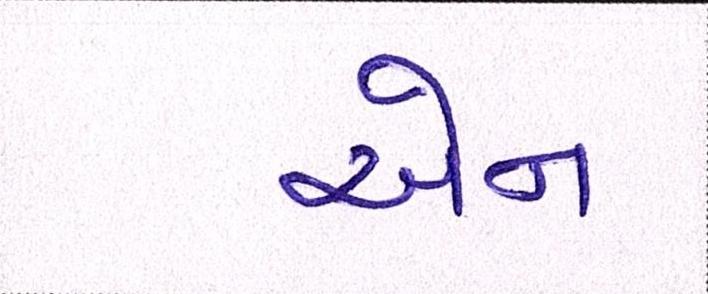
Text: એન